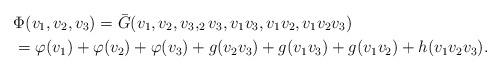
LaTeX: \begin{align*}&\Phi(v_1,v_2,v_3) = \bar G (v_1, v_2,v_3,_2v_3,v_1v_3,v_1v_2,v_1v_2v_3)\\&= \varphi(v_1) + \varphi(v_2) + \varphi(v_3)+g(v_2v_3) + g(v_1v_3) + g(v_1v_2) + h(v_1v_2v_3).\end{align*}